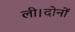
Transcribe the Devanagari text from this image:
ली।दोनों